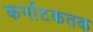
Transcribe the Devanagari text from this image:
कर्नाटकतक